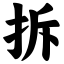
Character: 拆